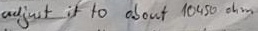
Text: Adjust it to about 10450Ω